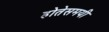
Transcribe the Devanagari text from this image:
होतेसमयी